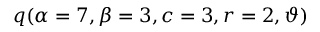
\displaystyle q ( \alpha = 7 , \beta = 3 , c = 3 , r = 2 , \vartheta )